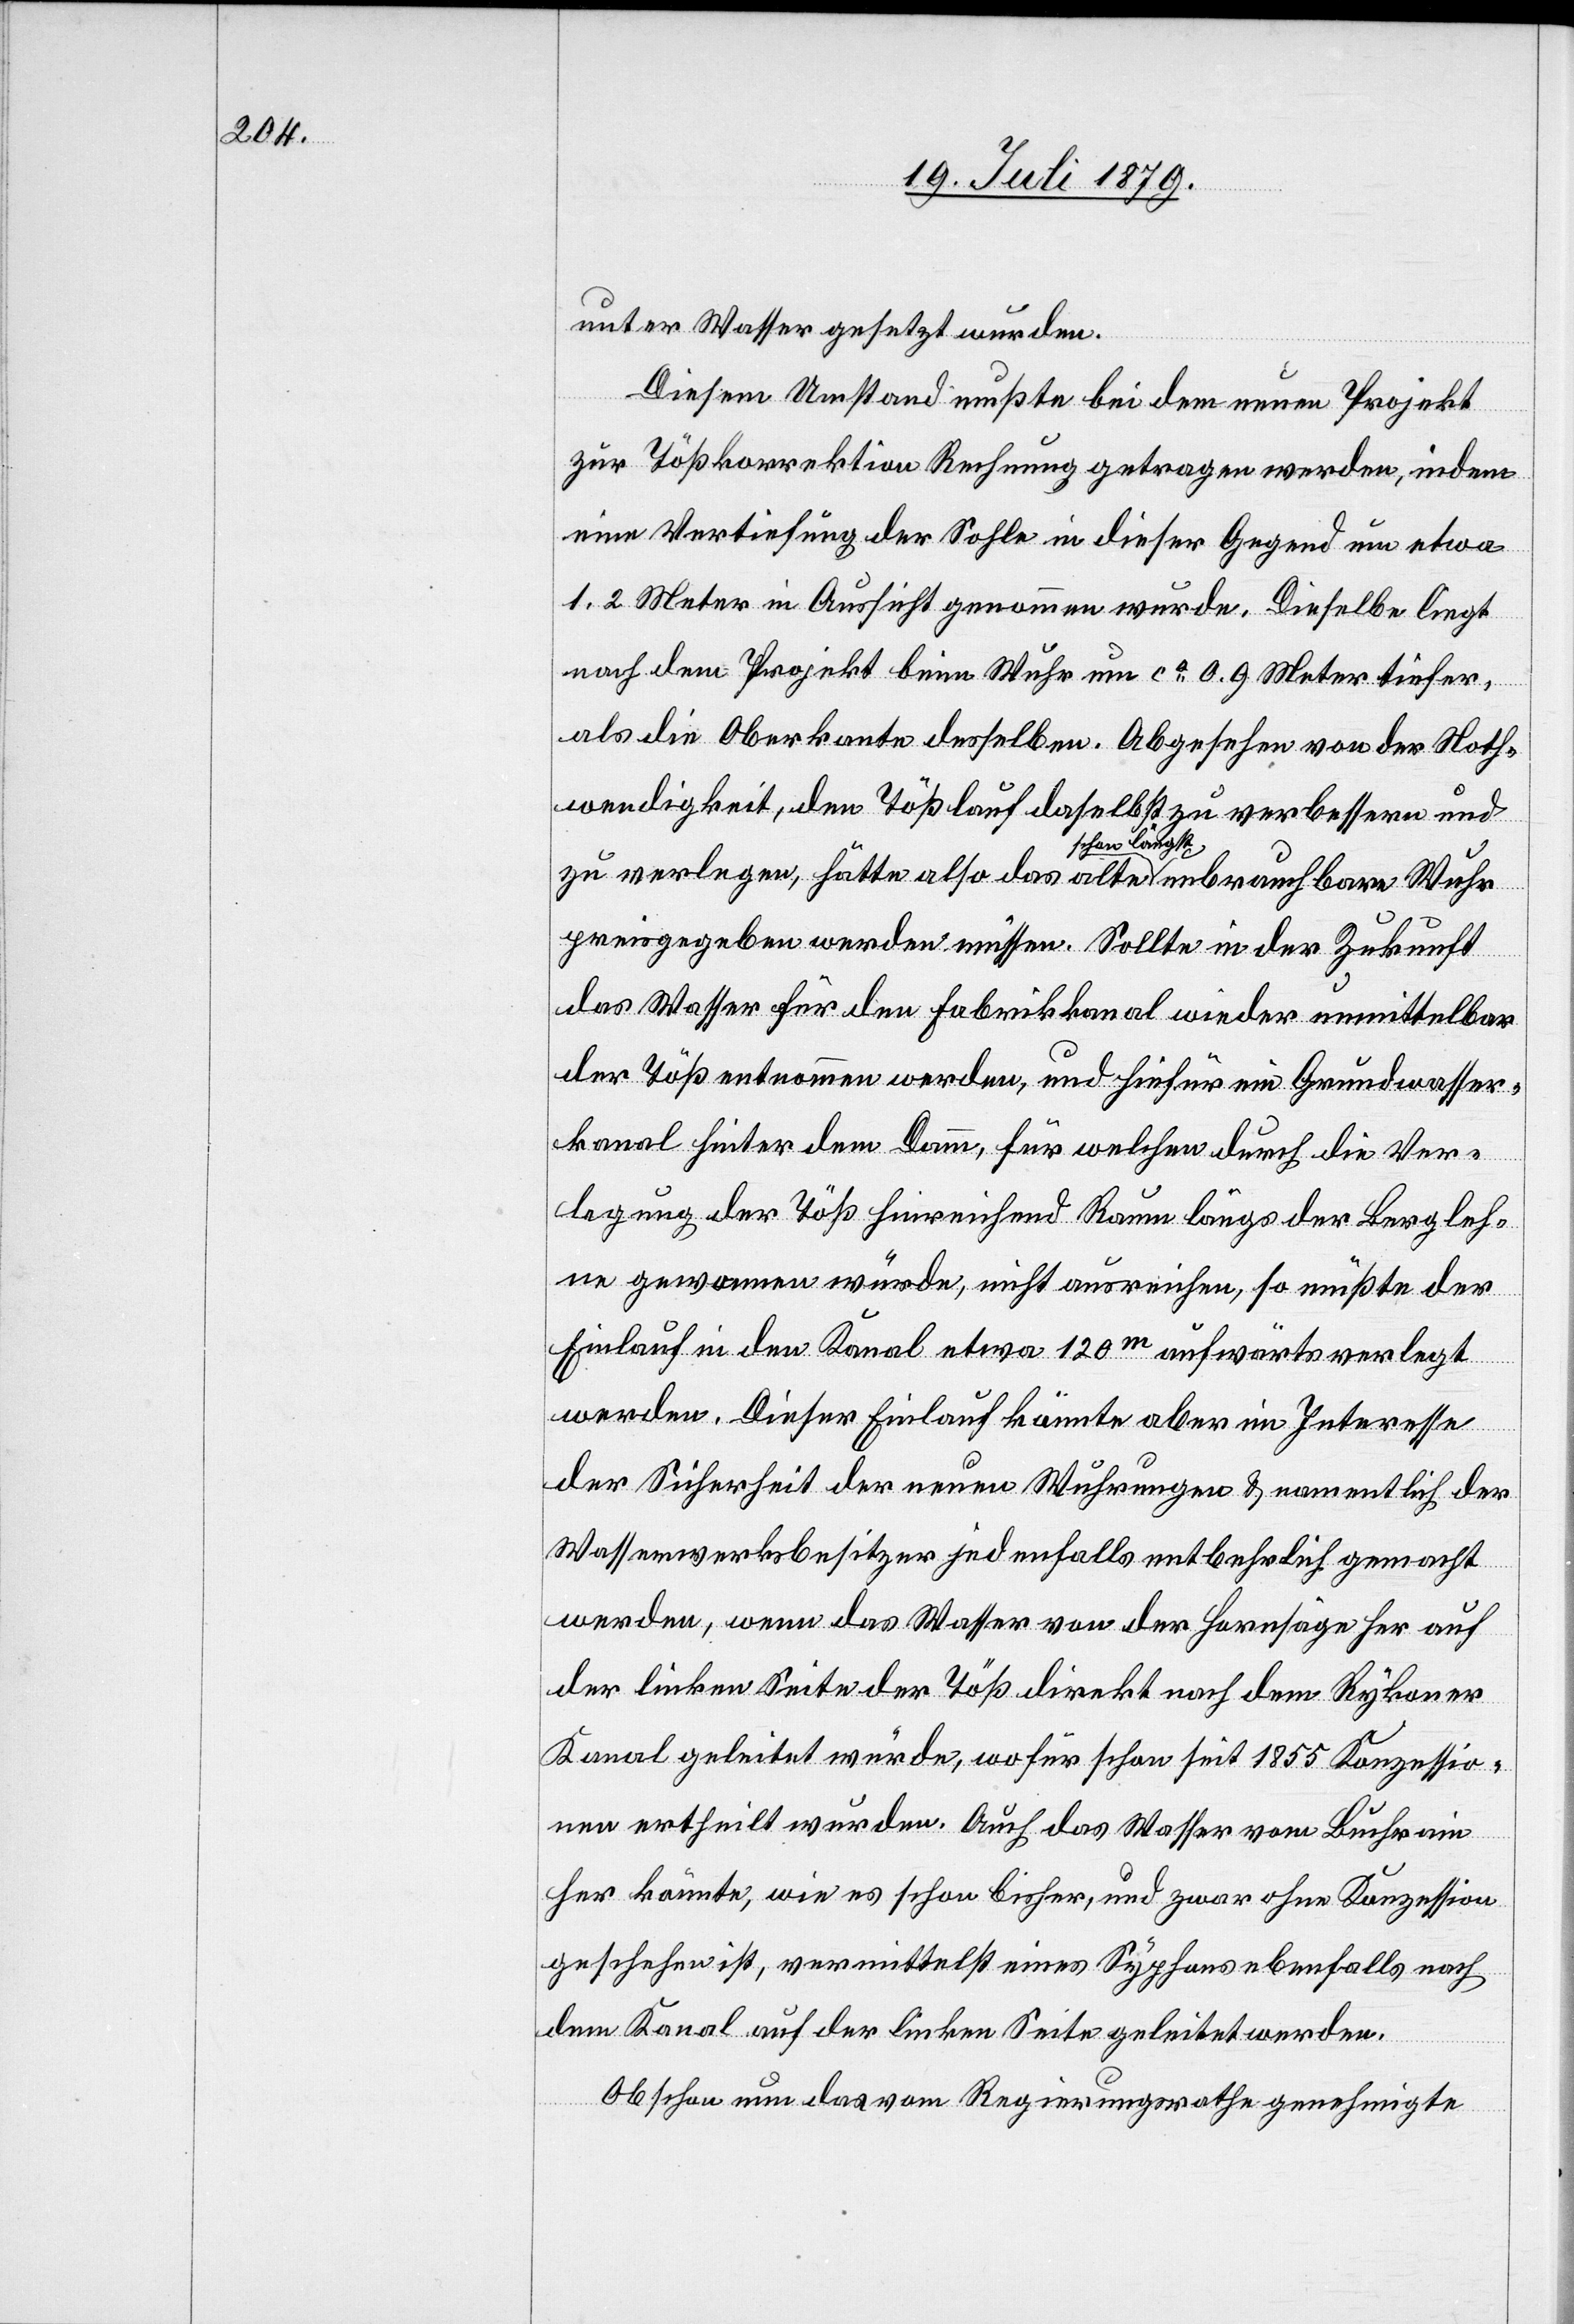
unter Wasser gesetzt wurden.
verlegen,
Diesem Umstand mußte bei dem neuen Projekt
zur Tößkorrektion Rechnung getragen werden, indem
eine Vertiefung der Sohle in dieser Gegend um etwa
1.2 Meter in Aussicht genommen wurde. Dieselbe liegt
nach dem Projekt beim Wuhr um ca 0.9 Meter tiefer,
als die Oberkante desselben. Abgesehen von der Not¬
wendigkeit, den Tößlauf daselbst zu verbessern und
are Wuhr
schon
preisgegeben werden müssen. Sollte in der Zukunft
das Wasser für den Fabrikkanal wieder unmittelbar
der Töß entnommen werden, und hiefür ein Grundwasser¬
kanal hinter dem Damm, für welchen durch die Ver¬
legung der Töß hinreichend Raum längs der Bergleh¬
ne gewonnen würde, nicht ausreichen, so müßte der
Einlauf in den Kanal etwa 120m aufwärts verlegt
werden. Dieser Einlauf könnte aber im Interesse
der Sicherheit der neuen Wuhrungen & namentlich der
Wasserwerksbesitzer jedenfalls entbehrlich gemacht
werden, wenn das Wasser von der Hornsäge her auf
der linken Seite der Töß direkt nach dem Rykoner
Kanal geleitet würde, wofür schon seit 1855 Konzessio¬
nen ertheilt wurden. Auch das Wasser vom Buchrain
her könnte, wie es schon bisher, und zwar ohne Konzession
geschehen ist, vermittelst eines Syphons ebenfalls nach
dem Kanal auf der linken Seite geleitet werden.
Obschon nun das vom Regierungsrathe genehmigte

un¬